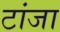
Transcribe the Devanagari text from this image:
टांजा